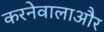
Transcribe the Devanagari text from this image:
करनेवालाऔर